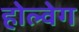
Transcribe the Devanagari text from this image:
होल्वेग